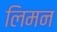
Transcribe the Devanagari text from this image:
लिमन